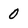
Character: 0